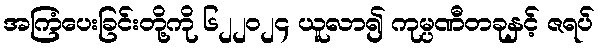
အကြံပေးခြင်းတို့ကို ၆၂၂၀၂၄ ယူလာ၍ ကုမ္ပဏီတခုနှင့် ဇရပ်